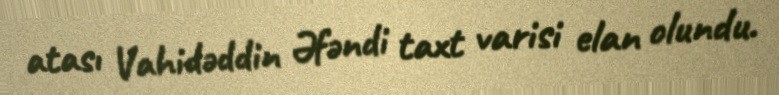
atası Vahidəddin Əfəndi taxt varisi elan olundu.